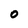
Character: 0